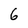
Character: 6